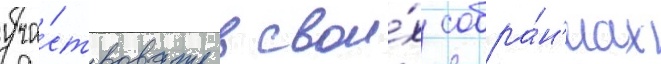
уча́ствовать в свои́х собра́н'иах